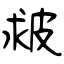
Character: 皳